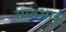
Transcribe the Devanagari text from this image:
सातभाई